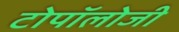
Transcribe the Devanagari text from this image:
टोपॉलोजी